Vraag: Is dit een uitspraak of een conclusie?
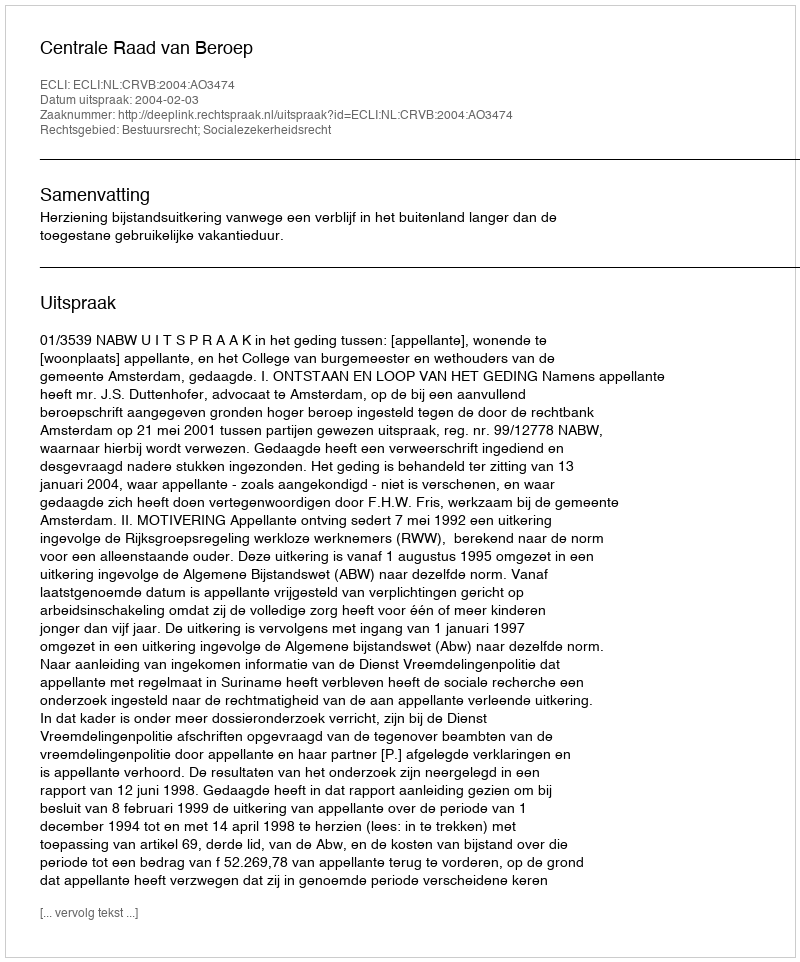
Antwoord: Uitspraak